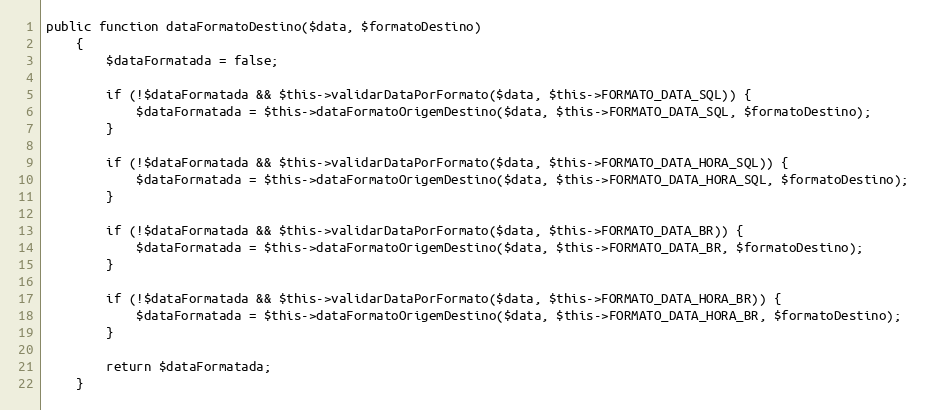
Language: PHP
public function dataFormatoDestino($data, $formatoDestino)
    {
        $dataFormatada = false;

        if (!$dataFormatada && $this->validarDataPorFormato($data, $this->FORMATO_DATA_SQL)) {
            $dataFormatada = $this->dataFormatoOrigemDestino($data, $this->FORMATO_DATA_SQL, $formatoDestino);
        }

        if (!$dataFormatada && $this->validarDataPorFormato($data, $this->FORMATO_DATA_HORA_SQL)) {
            $dataFormatada = $this->dataFormatoOrigemDestino($data, $this->FORMATO_DATA_HORA_SQL, $formatoDestino);
        }

        if (!$dataFormatada && $this->validarDataPorFormato($data, $this->FORMATO_DATA_BR)) {
            $dataFormatada = $this->dataFormatoOrigemDestino($data, $this->FORMATO_DATA_BR, $formatoDestino);
        }

        if (!$dataFormatada && $this->validarDataPorFormato($data, $this->FORMATO_DATA_HORA_BR)) {
            $dataFormatada = $this->dataFormatoOrigemDestino($data, $this->FORMATO_DATA_HORA_BR, $formatoDestino);
        }

        return $dataFormatada;
    }